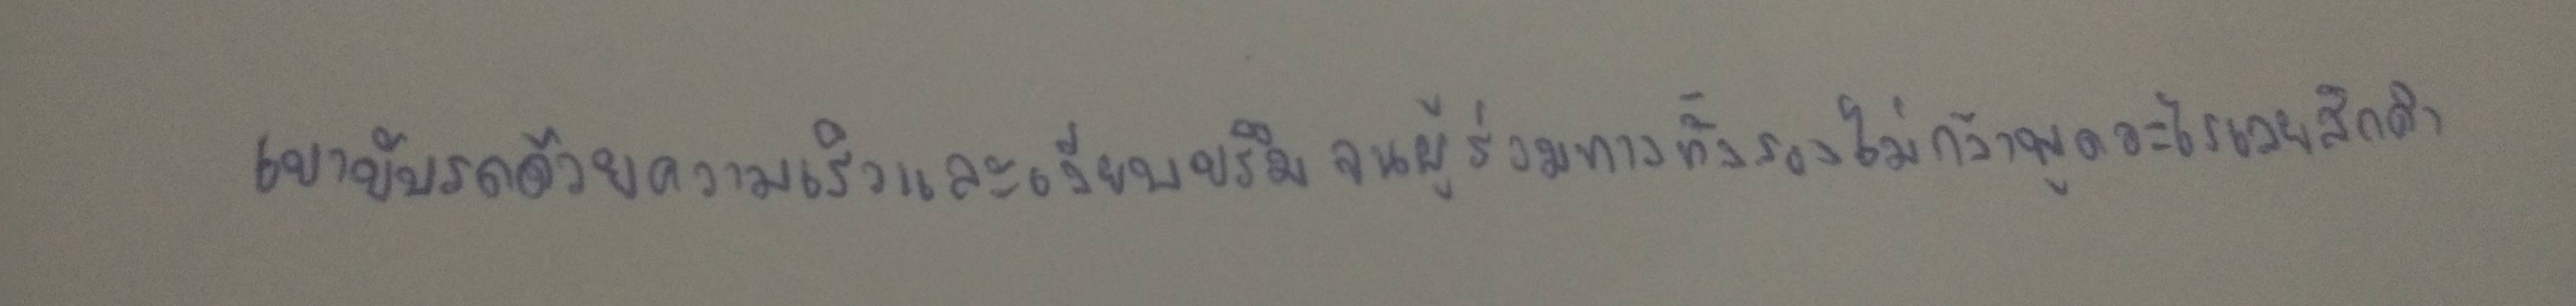
เขาขับรถด้วยความเร็วและเงียบขรึมจนผู้ร่วมทางทั้งสองไม่กล้าพูดอะไรเลยสักคำ